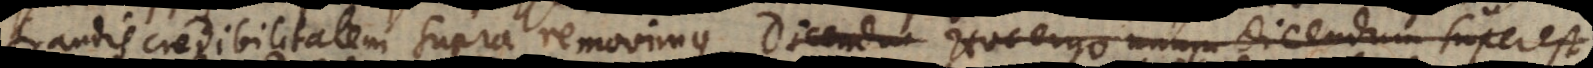
fraudis credibilitatem supra removimus. Dicendu Hoc ergo unum dicendum superest